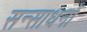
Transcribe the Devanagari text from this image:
सन्साधनों